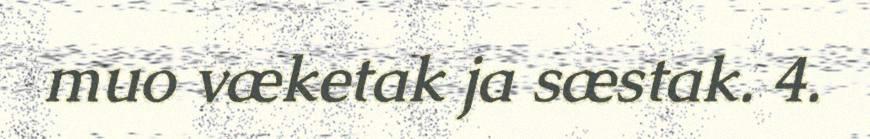
muo væketak ja sæstak. 4.